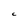
Character: C